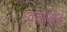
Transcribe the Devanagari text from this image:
ध्वजांकित